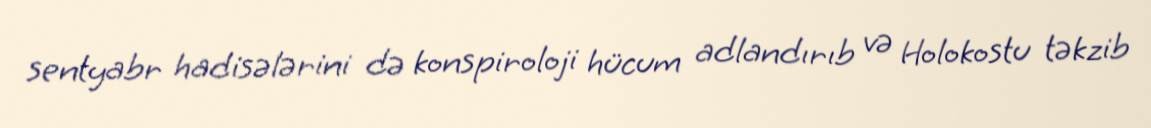
sentyabr hadisələrini də konspiroloji hücum adlandırıb və Holokostu təkzib